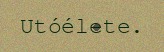
Utóélete.